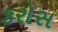
કરોસ